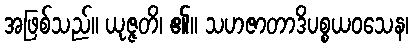
အဖြစ်သည်။ ယုဇ္ဇတိ၊ ၏။ သဟဇာတာဒိပစ္စယဝသေန၊